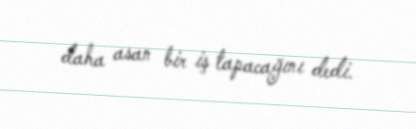
daha asan bir iş tapacağını dedi.